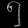
Digit: ၅